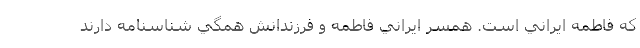
كه فاطمه ايراني است. همسر ايراني فاطمه و فرزندانش همگي شناسنامه دارند